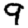
Digit: 9